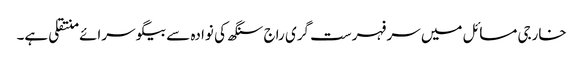
خارجی مسائل میں سر فہرست گری راج سنگھ کی نوادہ سے بیگو سرائے منتقلی ہے۔